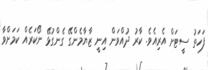
ފަހަތު ސީޓަށް އެރިއެވެ. ކާރު ދުއްވަން އިނީ ޒާޔާމެންގޭ ގެންގުޅޭ ނޯކަރެއް ކަމަށްވާ